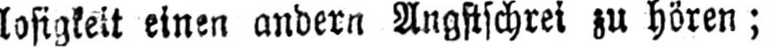
einen andern Angstschrei zu hören;